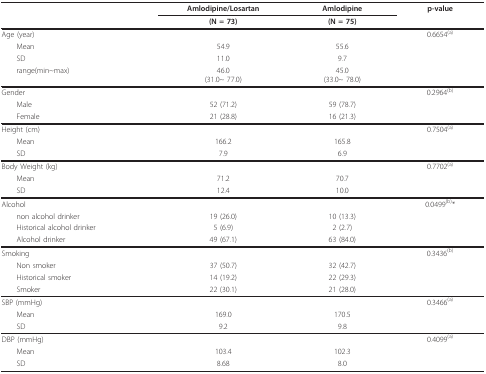
<table><thead><tr><td></td><td><b>Amlodipine/Losartan</b></td><td><b>Amlodipine</b></td><td><b>p-value</b></td></tr><tr><td></td><td><b>(N = 73)</b></td><td><b>(N = 75)</b></td><td></td></tr></thead><tbody><tr><td>Age (year)</td><td></td><td></td><td>0.6654<sup>(a)</sup></td></tr><tr><td> Mean</td><td>54.9</td><td>55.6</td><td></td></tr><tr><td> SD</td><td>11.0</td><td>9.7</td><td></td></tr><tr><td> range(min~max)</td><td>46.0(31.0~ 77.0)</td><td>45.0(33.0~ 78.0)</td><td></td></tr><tr><td>Gender</td><td></td><td></td><td>0.2964<sup>(b)</sup></td></tr><tr><td> Male</td><td>52 (71.2)</td><td>59 (78.7)</td><td></td></tr><tr><td> Female</td><td>21 (28.8)</td><td>16 (21.3)</td><td></td></tr><tr><td>Height (cm)</td><td></td><td></td><td>0.7504<sup>(a)</sup></td></tr><tr><td> Mean</td><td>166.2</td><td>165.8</td><td></td></tr><tr><td> SD</td><td>7.9</td><td>6.9</td><td></td></tr><tr><td>Body Weight (kg)</td><td></td><td></td><td>0.7702<sup>(a)</sup></td></tr><tr><td> Mean</td><td>71.2</td><td>70.7</td><td></td></tr><tr><td> SD</td><td>12.4</td><td>10.0</td><td></td></tr><tr><td>Alcohol</td><td></td><td></td><td>0.0499<sup>(b)</sup>*</td></tr><tr><td> non alcohol drinker</td><td>19 (26.0)</td><td>10 (13.3)</td><td></td></tr><tr><td> Historical alcohol drinker</td><td>5 (6.9)</td><td>2 (2.7)</td><td></td></tr><tr><td> Alcohol drinker</td><td>49 (67.1)</td><td>63 (84.0)</td><td></td></tr><tr><td>Smoking</td><td></td><td></td><td>0.3436<sup>(b)</sup></td></tr><tr><td> Non smoker</td><td>37 (50.7)</td><td>32 (42.7)</td><td></td></tr><tr><td> Historical smoker</td><td>14 (19.2)</td><td>22 (29.3)</td><td></td></tr><tr><td> Smoker</td><td>22 (30.1)</td><td>21 (28.0)</td><td></td></tr><tr><td>SBP (mmHg)</td><td></td><td></td><td>0.3466<sup>(a)</sup></td></tr><tr><td> Mean</td><td>169.0</td><td>170.5</td><td></td></tr><tr><td> SD</td><td>9.2</td><td>9.8</td><td></td></tr><tr><td>DBP (mmHg)</td><td></td><td></td><td>0.4099<sup>(a)</sup></td></tr><tr><td> Mean</td><td>103.4</td><td>102.3</td><td></td></tr><tr><td> SD</td><td>8.68</td><td>8.0</td><td></td></tr></tbody></table>